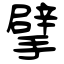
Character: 擘